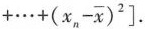
$$+ \cdots +(x_{n}- \overline{x})^{2}\right]$$.